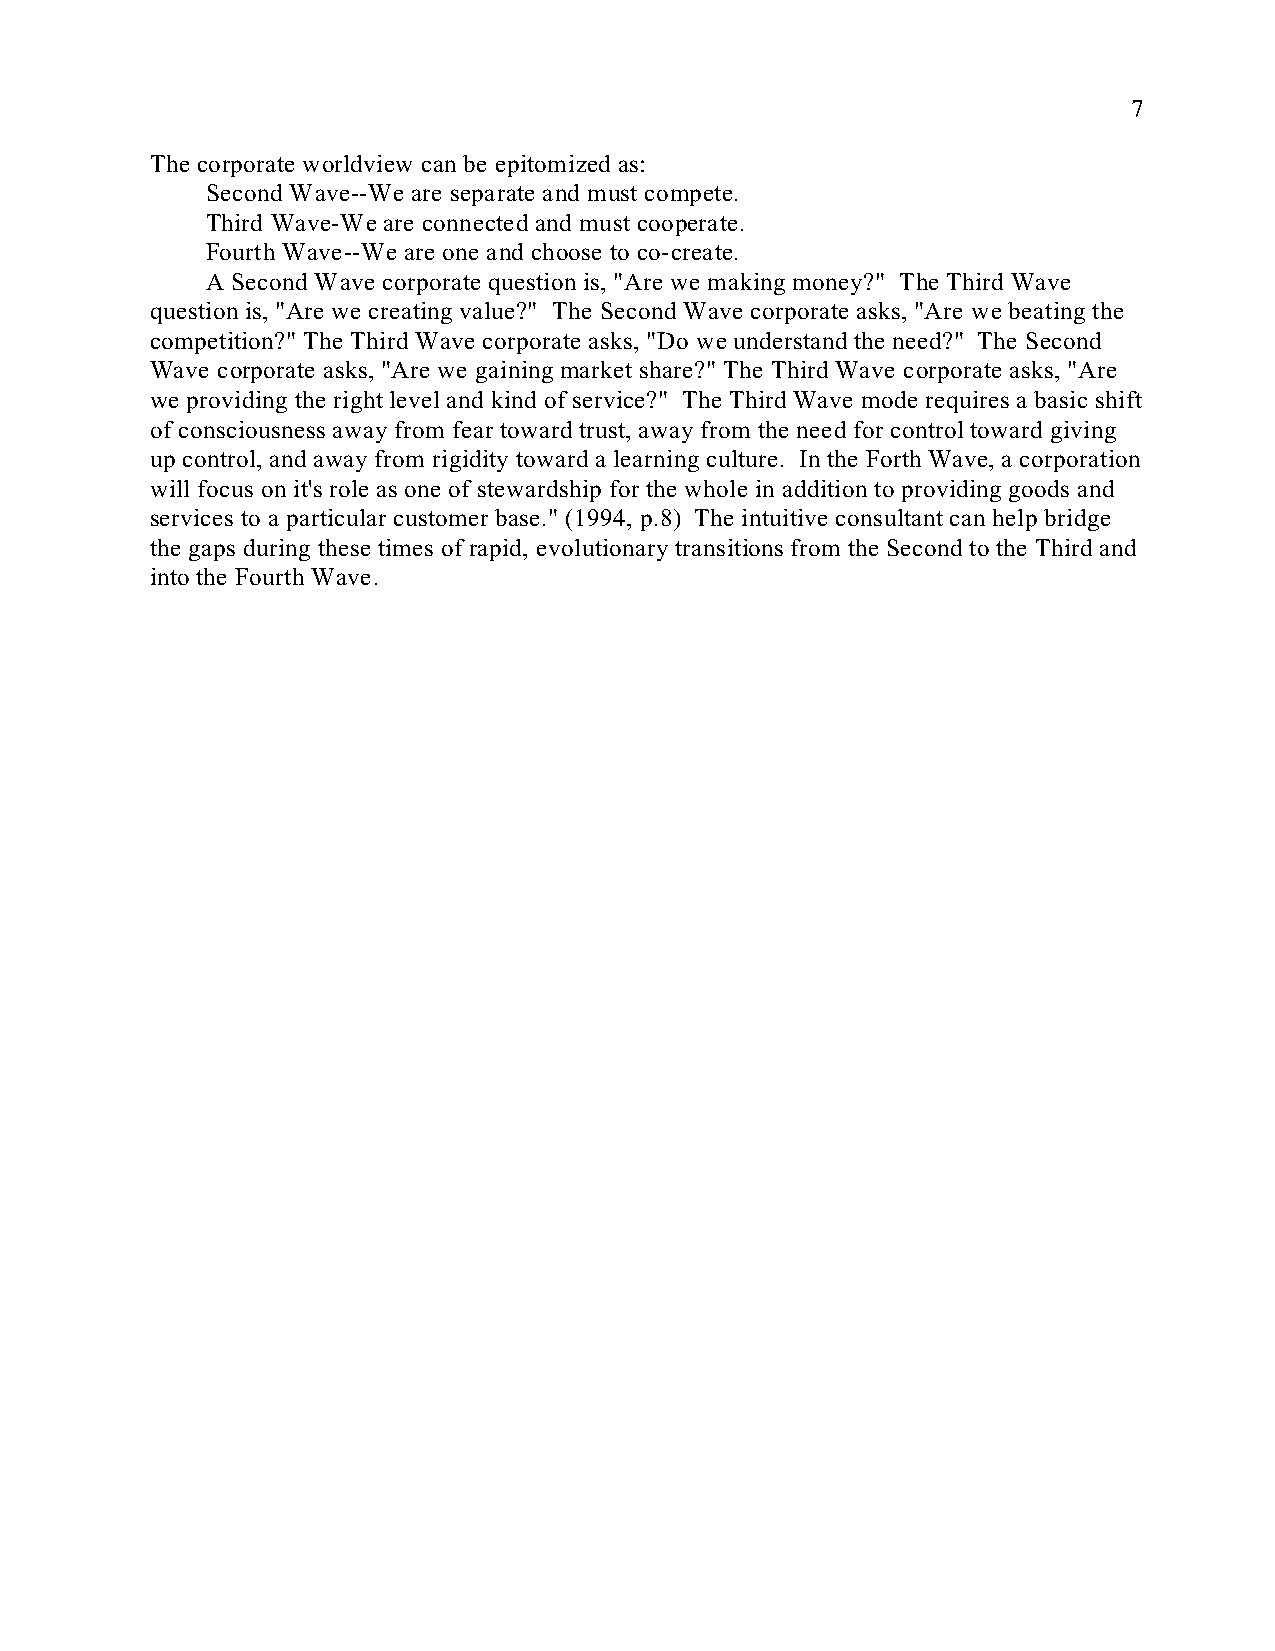
7
 The corporate worldview can be epitomized as:
 Second Wave--We are separate and must compete.
 Third Wave-We are connected and must cooperate.
 Fourth Wave--We are one and choose to co-create.
 A Second Wave corporate question is, "Are we making money?" The Third Wave
 question is, "Are we creating value?" The Second Wave corporate asks, "Are we beating the
 competition?" The Third Wave corporate asks, "Do we understand the need?" The Second
 Wave corporate asks, "Are we gaining market share?" The Third Wave corporate asks, "Are
 we providing the right level and kind of service?" The Third Wave mode requires a basic shift
 of consciousness away from fear toward trust, away from the need for control toward giving
 up control, and away from rigidity toward a learning culture. In the Forth Wave, a corporation
 will focus on it's role as one of stewardship for the whole in addition to providing goods and
 services to a particular customer base." (1994, p.8) The intuitive consultant can help bridge
 the gaps during these times of rapid, evolutionary transitions from the Second to the Third and
 into the Fourth Wave.